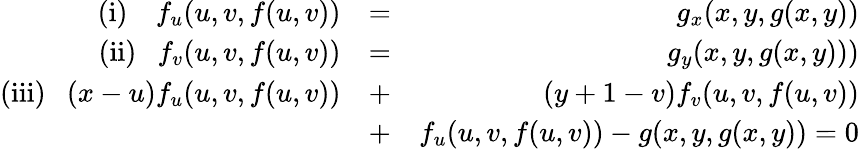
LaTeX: \begin{array}{rlr}{\mathrm{(i)}\ \ \ \ f_{u}(u,v,f(u,v))}&{=}&{g_{x}({x,y,g(x,y)})}\\ {\mathrm{(ii)}\ \ \ f_{v}(u,v,f(u,v))}&{=}&{g_{y}({x,y,g(x,y))})}\\ {\mathrm{(iii)}\ \ \ (x-u)f_{u}(u,v,f(u,v))}&{+}&{(y+1-v)f_{v}(u,v,f(u,v))}\\ &{+}&{f_{u}(u,v,f(u,v))-g(x,y,g(x,y))=0}\end{array}